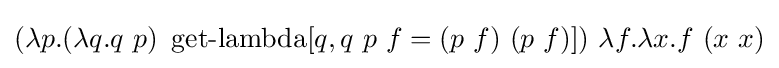
(\lambda p.(\lambda q.q\ p)\ \operatorname {get-lambda} [q,q\ p\ f=(p\ f)\ (p\ f)])\ \lambda f.\lambda x.f\ (x\ x)